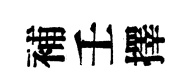
補壬擇